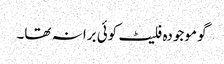
گو موجودہ فلیٹ کوئی برا نہ تھا۔